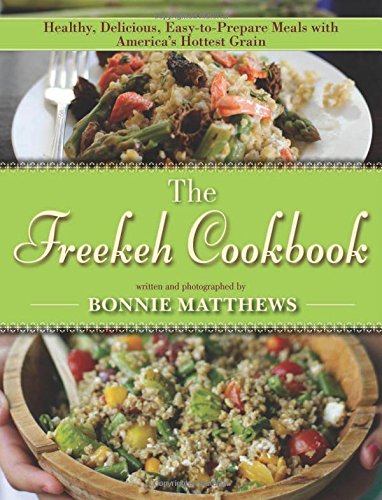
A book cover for The Freekeh Cookbook: Healthy, Delicious, Easy-to-Prepare Meals with America's Hottest Grain; Bonnie Matthews; Cookbooks, Food & Wine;